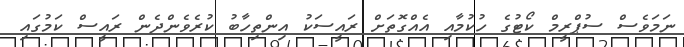
ނަމަވެސް ސުޕްރީމް ކޯޓުގެ ހުކުމާއި އެއްގޮތަށް ރައީސަކު އިންތިހާބު ކުރެވެންދެން ރައީސް ކަމުގައި